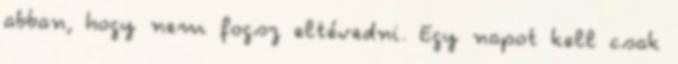
abban, hogy nem fogsz eltévedni. Egy napot kell csak